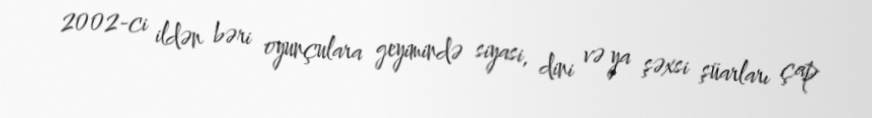
2002-ci ildən bəri oyunçulara geyimində siyasi, dini və ya şəxsi şüarları çap